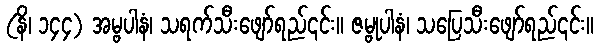
(နိ၊ ၁၄၄) အမ္ဗပါနံ၊ သရက်သီးဖျော်ရည်၎င်း။ ဇမ္ဗုပါနံ၊ သပြေသီးဖျော်ရည်၎င်း။